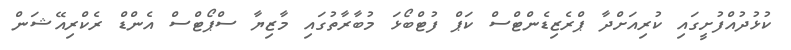
ކުޅުދުއްފުށީގައި ކުރިއަށްދާ ޕްރެޒިޑެންޓްސް ކަޕް ފުޓްބޯޅަ މުބާރާތުގައި މާޒިޔާ ސްޕޯޓްސް އެންޑް ރެކްރިއޭޝަން